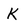
Character: K